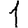
Digit: 1